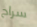
سراح